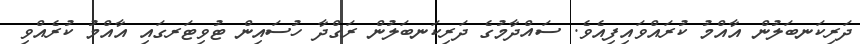
ދަރިކަނބަލުން އާއްމު ކުރައްވައިފިއެވެ. ސައްދާމުގެ ދަރިކަނބަލުން ރަގްދާ ހުސައިން ޓުވިޓަރގައި އާއްމު ކުރެއްވި